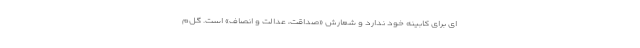
ای برای کابینه خود ندارد و شعارش «صداقت، عدالت و انصاف» است. گل‌م